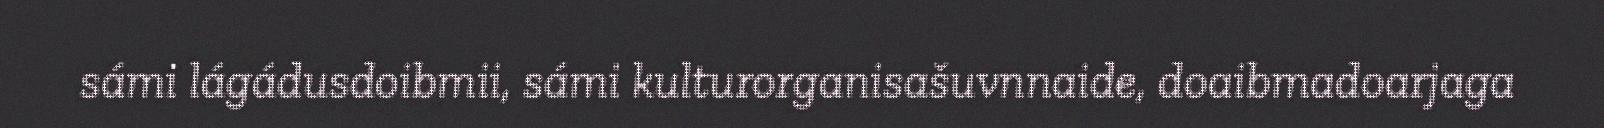
sámi lágádusdoibmii, sámi kulturorganisašuvnnaide, doaibmadoarjaga